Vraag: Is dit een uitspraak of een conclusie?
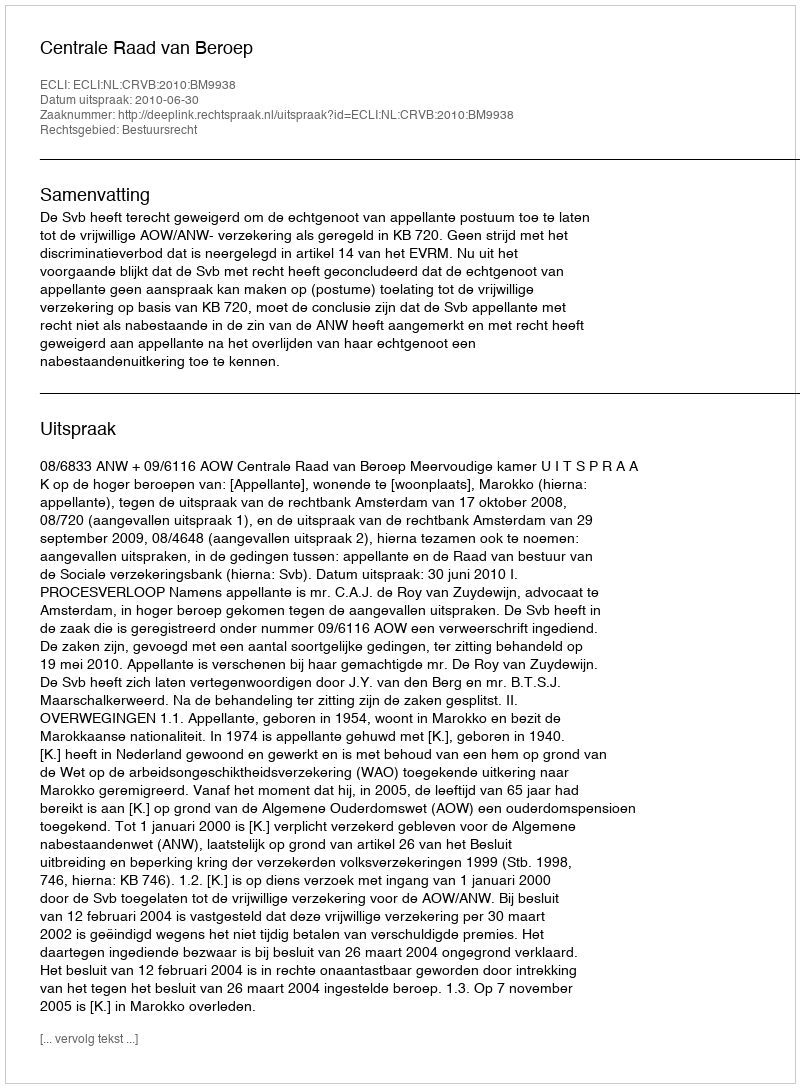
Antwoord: Uitspraak